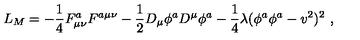
L _ { M } = - \frac { 1 } { 4 } F _ { \mu \nu } ^ { a } F ^ { a \mu \nu } - \frac { 1 } { 2 } D _ { \mu } \phi ^ { a } D ^ { \mu } \phi ^ { a } - \frac { 1 } { 4 } \lambda ( \phi ^ { a } \phi ^ { a } - v ^ { 2 } ) ^ { 2 } \ ,